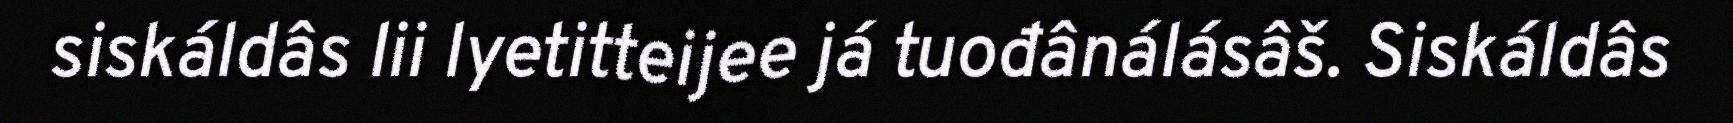
siskáldâs lii lyetitteijee já tuođânálásâš. Siskáldâs